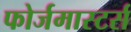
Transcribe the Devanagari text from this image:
फोर्जमास्टर्स